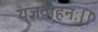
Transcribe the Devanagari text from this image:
यज्ञवाहनः।।